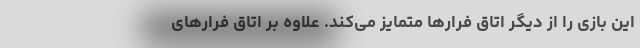
این بازی را از دیگر اتاق فرارها متمایز می‌کند. علاوه بر اتاق فرارهای